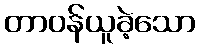
တာဝန်ယူခဲ့သော